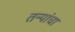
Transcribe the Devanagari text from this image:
तन्यांचा